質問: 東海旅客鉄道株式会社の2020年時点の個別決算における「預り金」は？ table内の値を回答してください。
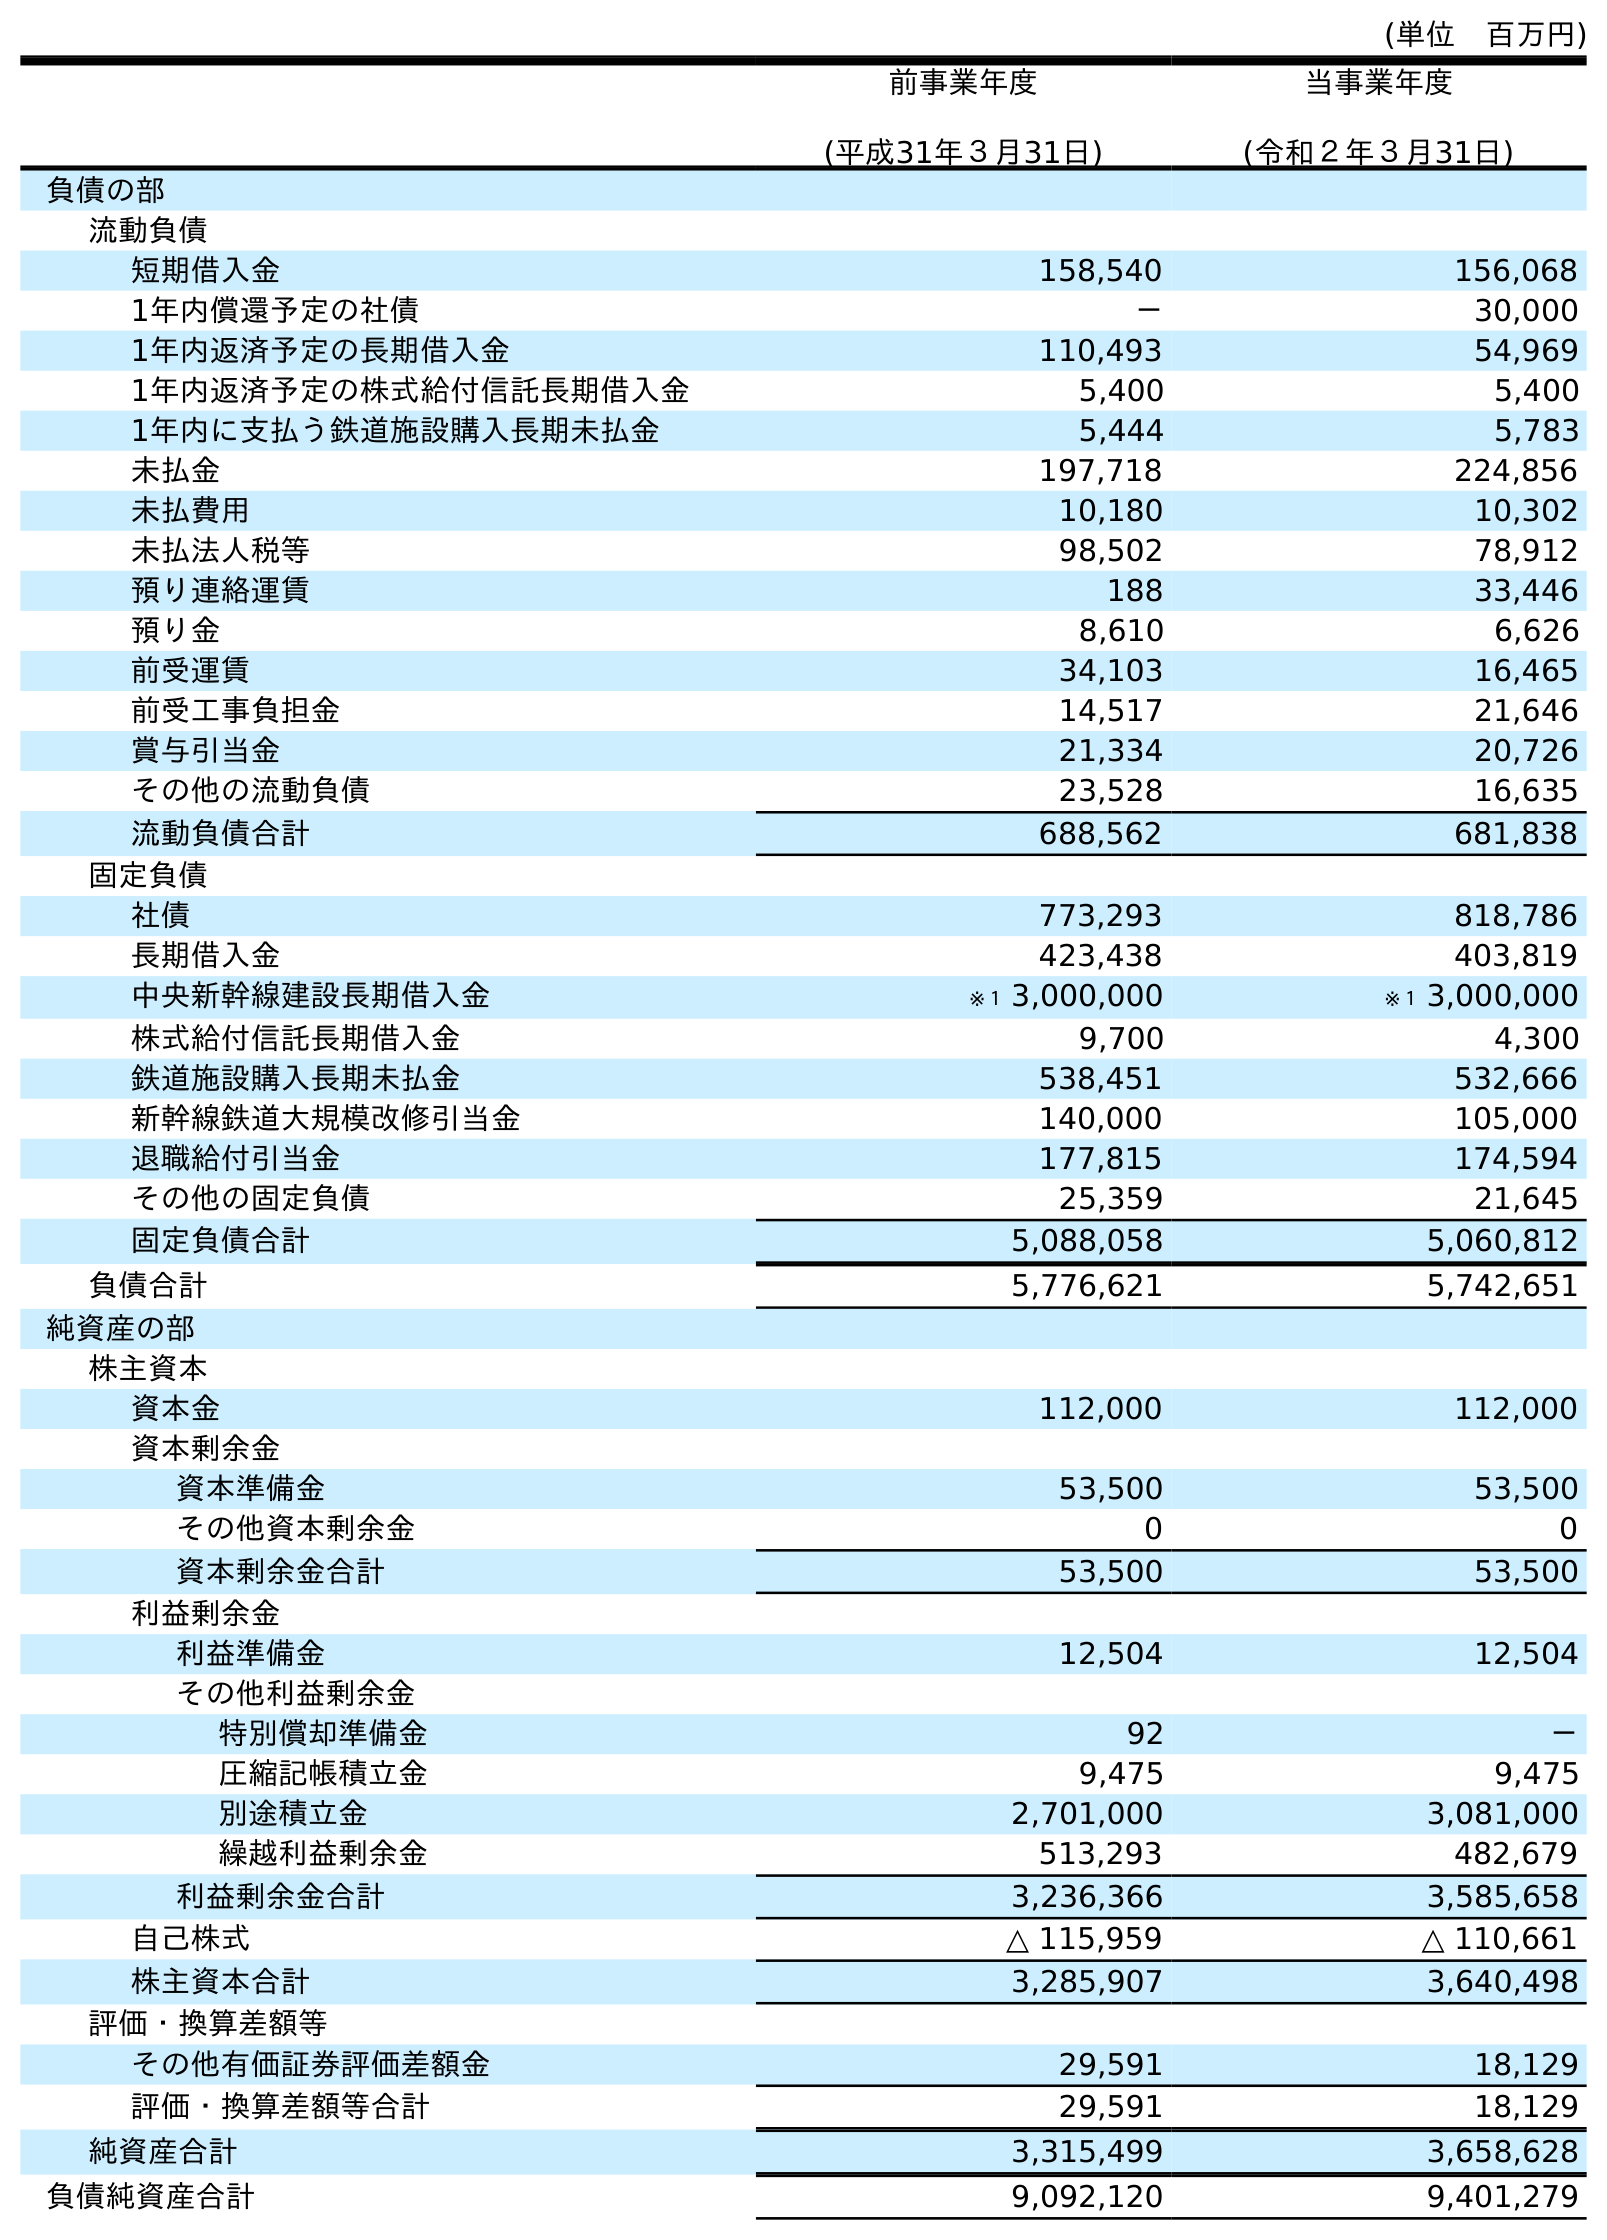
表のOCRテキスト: (単位 百万円) 前事業年度 (平成31年３月31日) 当事業年度 (令和２年３月31日) 負債の部 流動負債 短期借入金 158,540 156,068 1年内償還予定の社債 － 30,000 1年内返済予定の長期借入金 110,493 54,969 1年内返済予定の株式給付信託長期借入金 5,400 5,400 1年内に支払う鉄道施設購入長期未払金 5,444 5,783 未払金 197,718 224,856 未払費用 10,180 10,302 未払法人税等 98,502 78,912 預り連絡運賃 188 33,446 預り金 8,610 6,626 前受運賃 34,103 16,465 前受工事負担金 14,517 21,646 賞与引当金 21,334 20,726 その他の流動負債 23,528 16,635 流動負債合計 688,562 681,838 固定負債 社債 773,293 818,786 長期借入金 423,438 403,819 中央新幹線建設長期借入金 ※１ 3,000,000 ※１ 3,000,000 株式給付信託長期借入金 9,700 4,300 鉄道施設購入長期未払金 538,451 532,666 新幹線鉄道大規模改修引当金 140,000 105,000 退職給付引当金 177,815 174,594 その他の固定負債 25,359 21,645 固定負債合計 5,088,058 5,060,812 負債合計 5,776,621 5,742,651 純資産の部 株主資本 資本金 112,000 112,000 資本剰余金 資本準備金 53,500 53,500 その他資本剰余金 0 0 資本剰余金合計 53,500 53,500 利益剰余金 利益準備金 12,504 12,504 その他利益剰余金 特別償却準備金 92 － 圧縮記帳積立金 9,475 9,475 別途積立金 2,701,000 3,081,000 繰越利益剰余金 513,293 482,679 利益剰余金合計 3,236,366 3,585,658 自己株式 △ 115,959 △ 110,661 株主資本合計 3,285,907 3,640,498 評価・換算差額等 その他有価証券評価差額金 29,591 18,129 評価・換算差額等合計 29,591 18,129 純資産合計 3,315,499 3,658,628 負債純資産合計 9,092,120 9,401,279
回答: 6,626